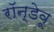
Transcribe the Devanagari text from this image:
रॉन्डेवू